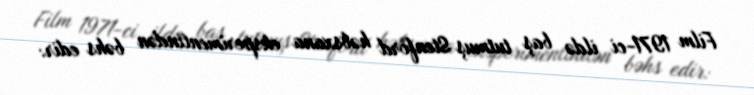
Film 1971-ci ildə baş tutmuş Stenford həbsxana eksperimentindən bəhs edir: